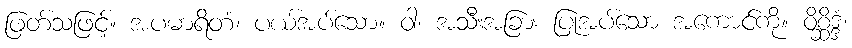
ဖြတ်သဖြင့်။ အပဓာရိတံ၊ ပယ်အပ်သော။ ဝါ၊ အသီးအခြား ပြုအပ်သော အကောင်ကို။ ဝိစ္ဆိဒ္ဒံ၊